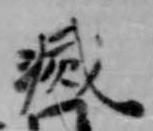
滅